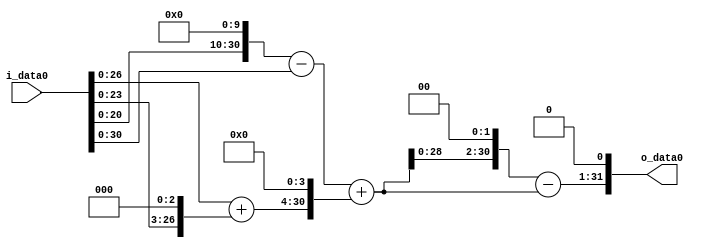
module multiplier_block_17 (
    i_data0,
    o_data0
);
  input   [31:0] i_data0;
  output  [31:0]
    o_data0;
  wire [31:0]
    w1,
    w1024,
    w1023,
    w8,
    w9,
    w144,
    w1167,
    w4668,
    w3501,
    w7002;
  assign w1 = i_data0;
  assign w1023 = w1024 - w1;
  assign w1024 = w1 << 10;
  assign w1167 = w1023 + w144;
  assign w144 = w9 << 4;
  assign w3501 = w4668 - w1167;
  assign w4668 = w1167 << 2;
  assign w7002 = w3501 << 1;
  assign w8 = w1 << 3;
  assign w9 = w1 + w8;
  assign o_data0 = w7002;
endmodule